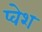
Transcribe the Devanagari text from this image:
प्वेश